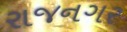
રાજનગર